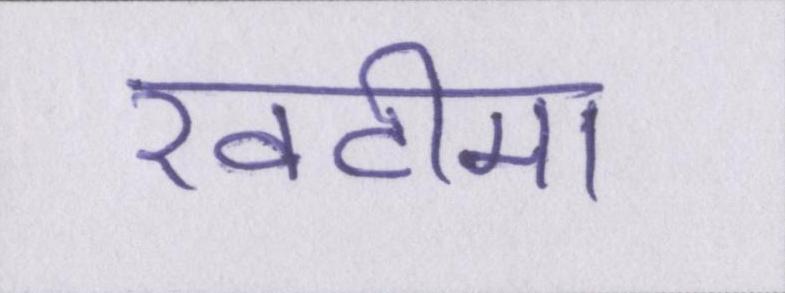
खटीमा